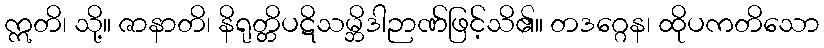
ဣတိ၊ သို့။ ဇာနာတိ၊ နိရုတ္တိပဋိသမ္ဘိဒါဉာဏ်ဖြင့်သိ၏။ တဒဂ္ဂေန၊ ထိုပကတိသော